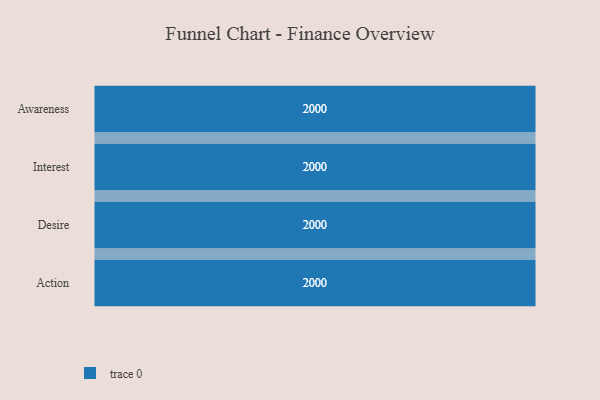
{"axis": {"x": "Stage", "y": "Value"}, "legend": [""], "data": [{"x": "Awareness", "y": 2000, "type": ""}, {"x": "Interest", "y": 2000, "type": ""}, {"x": "Desire", "y": 2000, "type": ""}, {"x": "Action", "y": 2000, "type": ""}]}